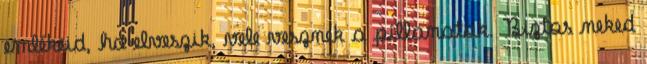
emlékeid, ha elveszik, vele vesznek a pillanatok. Biztos neked